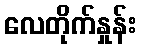
လေတိုက်နှုန်း